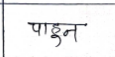
मजकूर: पाहुन